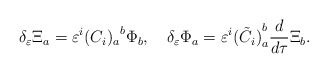
\begin{align*} \delta_\varepsilon \Xi_{a} = \varepsilon^i{(C_i)_{a}}^{b}\Phi_{b}, \quad \delta_\varepsilon \Phi_a =\varepsilon^i {(\tilde{C}_i)}_{a}^{b}\frac{d}{d\tau}{\Xi}_{b}.\end{align*}